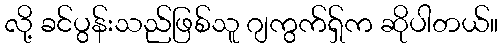
လို့ ခင်ပွန်းသည်ဖြစ်သူ ဂျကွက်ရှ်က ဆိုပါတယ်။